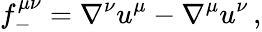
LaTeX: f_{-}^{\mu\nu}=\nabla^{\nu}u^{\mu}-\nabla^{\mu}u^{\nu}\, ,